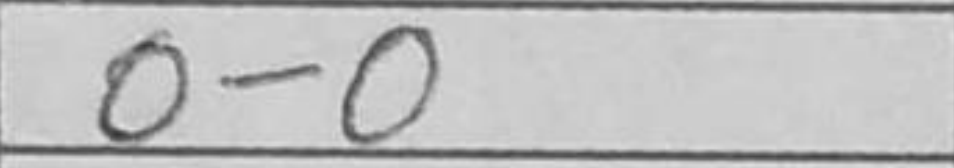
Transcription: O-O